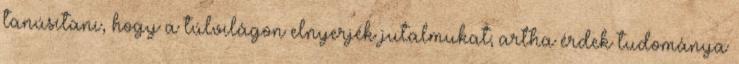
tanúsítani, hogy a túlvilágon elnyerjék jutalmukat; artha érdek tudománya